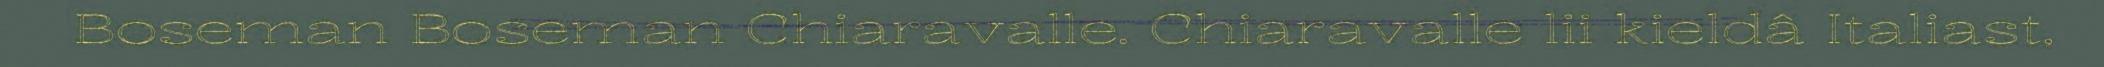
Boseman Boseman Chiaravalle. Chiaravalle lii kieldâ Italiast,